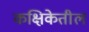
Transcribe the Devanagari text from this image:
कक्षिकेतील